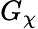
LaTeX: G_{\chi}